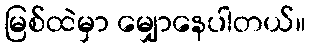
မြစ်ထဲမှာ မျှောနေပါတယ်။